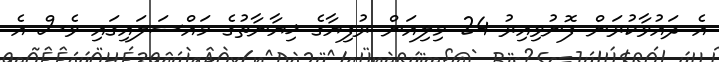
އެ ދައުވާކުރަން ފޮނުވިއިރު 24 މިލިއަން ރުފިޔާގެ ޚިޔާނާތުގެ މައްސަލައިގައި ވެސް އެ